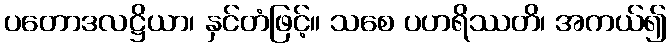
ပတောဒလဋ္ဌိယာ၊ နှင်တံဖြင့်။ သစေ ပဟရိဿတိ၊ အကယ်၍